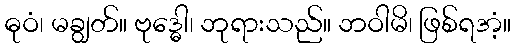
ဓုဝံ၊ မချွတ်။ ဗုဒ္ဓေါ၊ ဘုရားသည်။ ဘဝါမိ၊ ဖြစ်ရအံ့။